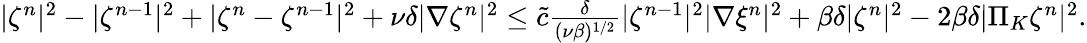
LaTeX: \begin{array}{r}{|\zeta^{n}|^{2}-|\zeta^{n-1}|^{2}+|\zeta^{n}-\zeta^{n-1}|^{2}+\nu\delta|\nabla\zeta^{n}|^{2}\leq\tilde{c}\frac{\delta}{(\nu\beta)^{1/2}}|\zeta^{n-1}|^{2}|\nabla\xi^{n}|^{2}+\beta\delta|\zeta^{n}|^{2}-2\beta\delta|\Pi_{K}\zeta^{n}|^{2}.}\end{array}